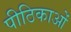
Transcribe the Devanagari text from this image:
पीठिकाओं